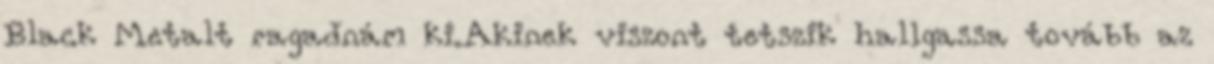
Black Metalt ragadnám ki.Akinek viszont tetszik hallgassa tovább az